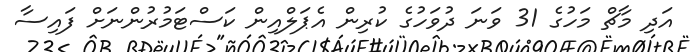
އަދި މާޗް މަހުގެ 31 ވަނަ ދުވަހުގެ ކުރިން އެޕަލްއިން ކަސްޓަމުރުންނަށް ފައިސާ